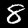
Label: 8